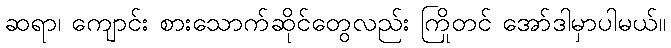
ဆရာ၊ ကျောင်း စားသောက်ဆိုင်တွေလည်း ကြိုတင် အော်ဒါမှာပါမယ်။